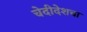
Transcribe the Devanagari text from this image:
चेदीदेशचा